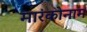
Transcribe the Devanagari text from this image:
मारंकोनाम